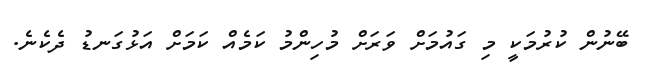
ބޭނުން ކުރުމަކީ މި ގައުމަށް ވަރަށް މުހިންމު ކަމެއް ކަމަށް އަޅުގަނޑު ދެކެނެ.